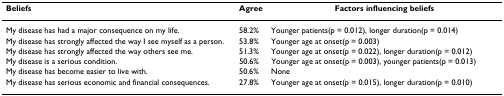
| Beliefs | Agree | Factors influencing beliefs |
 | --- | --- | --- |
 | My disease has had a major consequence on my life. | 58.2% | Younger patients(p = 0.012), longer duration(p = 0.014) |
 | My disease has strongly affected the way I see myself as a person. | 53.8% | Younger age at onset(p = 0.003) |
 | My disease has strongly affected the way others see me. | 51.3% | Younger age at onset(p = 0.022), longer duration(p = 0.012) |
 | My disease is a serious condition. | 50.6% | Younger age at onset(p = 0.003), younger patients(p = 0.013) |
 | My disease has become easier to live with. | 50.6% | None |
 | My disease has serious economic and financial consequences. | 27.8% | Younger age at onset(p = 0.015), longer duration(p = 0.010) |